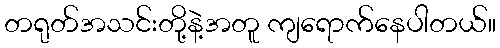
တရုတ်အသင်းတို့နဲ့အတူ ကျရောက်နေပါတယ်။